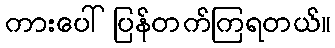
ကားပေါ်ပြန်တက်ကြရတယ်။